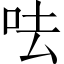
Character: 呿